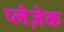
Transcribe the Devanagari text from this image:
प्लेज़ेक